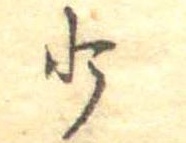
少